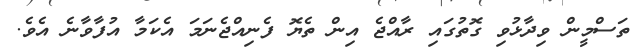
ތަސްމީން ވިދާޅުވި ގޮތުގައި ރާއްޖެ އިން ތެޔޮ ފެނިއްޖެނަމަ އެކަމާ އުފާވާނެ އެވެ.